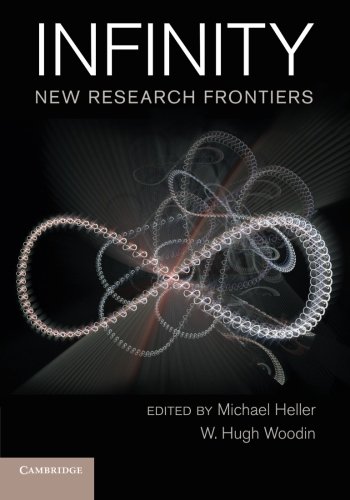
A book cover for Infinity: New Research Frontiers; Science & Math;